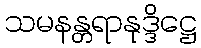
သမနန္တရာနုဒ္ဒိဋ္ဌေ